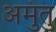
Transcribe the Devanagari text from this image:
अमुंतु